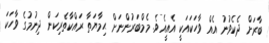
ބާރަށް ދެކެވުނު އެއް ވާހަކައަކީ އެއީއެވެ. މެމްބަރުންނަށް ޙިމާޔަތާ ރައްކާތެރިކަން ދިނުމުގެ ވާހަކަ